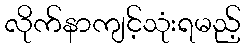
လိုက်နာကျင့်သုံးရမည့်